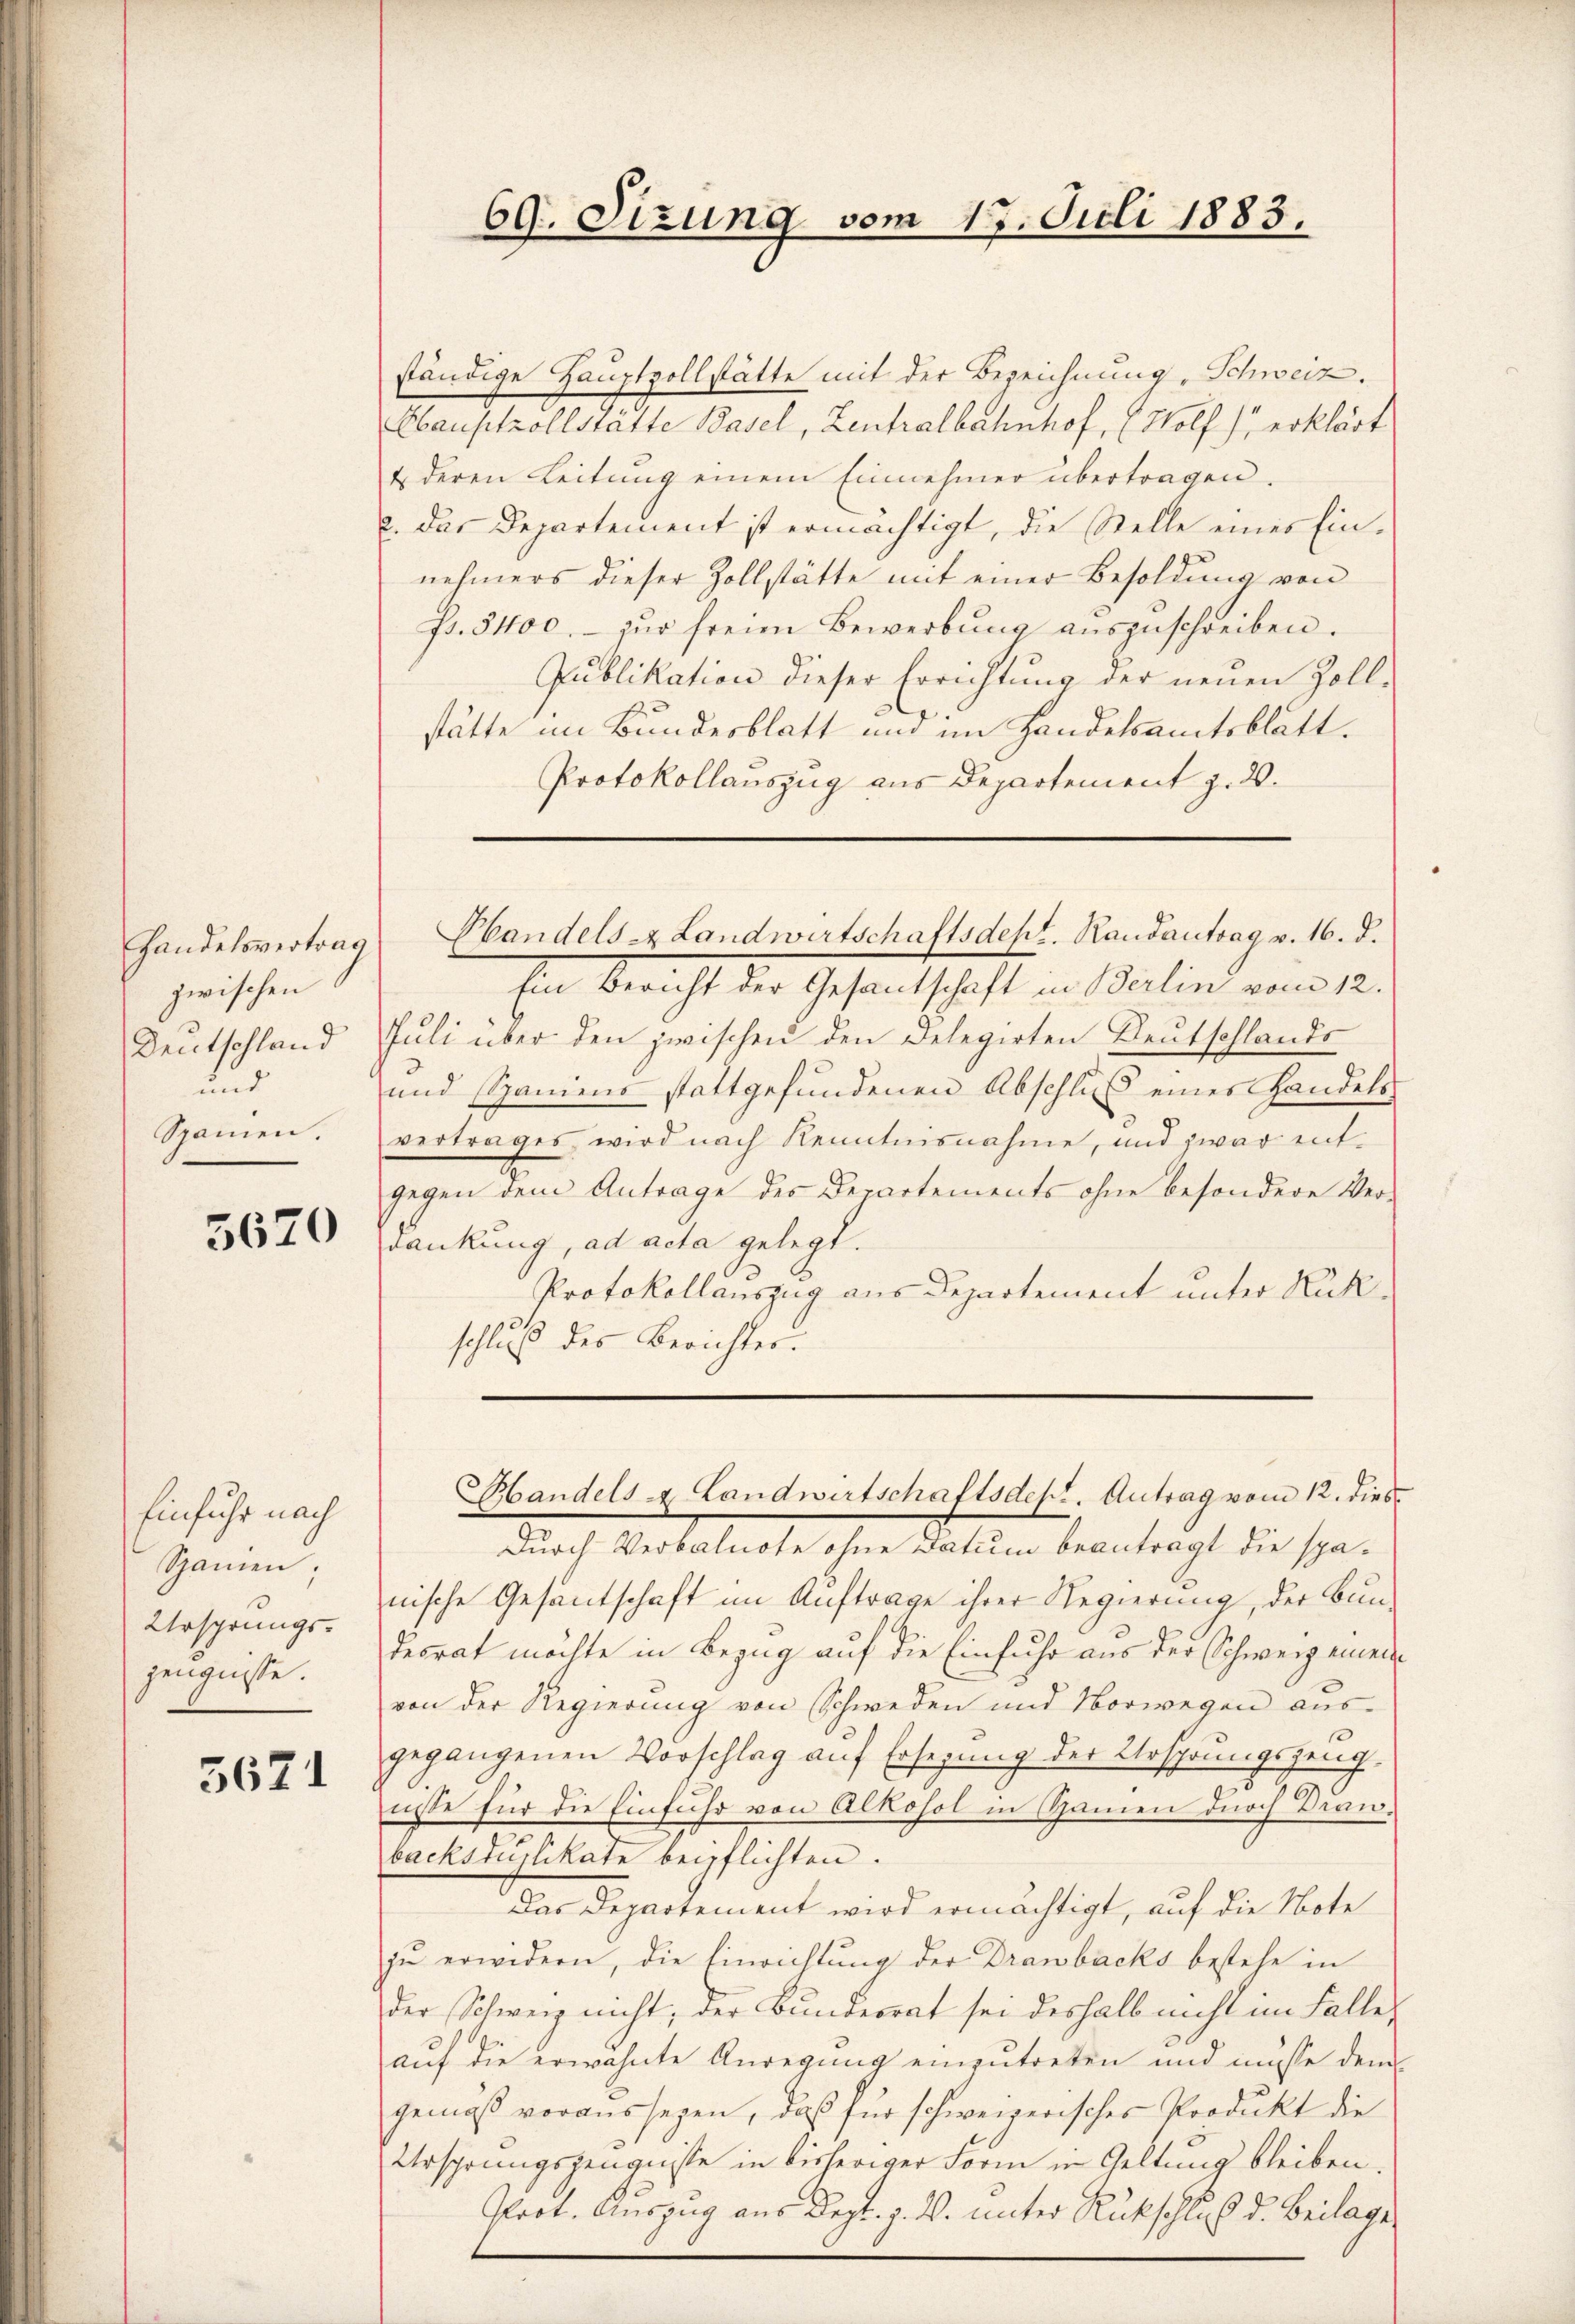
Handelsvertrag
zwischen
Deutschland
und
Spanien.

5620

Einfuhr nach
Spanien;
Ursprungszeugnisse.

5671

ständige Hauptvollstätte mit der Bezeichnung, Schweiz.
Hauptrollstätte Basel, Zentralbahnhof, Wolf) erklärt
4 deren Leitung einem Einnehmer übertragen.
c. das Departement ist ermächtigt, die Stelle eines Einnehmers dieser Zollstätte mit einer Besoldung von
Fs. 3400.- zŭr freien Bewerbŭng aŭszŭschreiben.
Publikation dieser Errichtung der neuen Zoll-
stätte im Bundesblatt und im Handelsamtsblatt.
Protokollauszug aus Departement z. 20.

69. Sizung vom 17. Juli 1883.

Ein Bericht der Gesantschaft in Berlin vom 12.
Juli über den zwischen den Delegirten Deutschlands
und Spaniens stattgefundenen Abschluß eines Handelsvertrages, wird nach Kenntnisnahme, und zwar entgegen dem Antrage des Departements ohne besondere Ver-
dankung, ad acta gelegt.
Protokollauszug aus Departement unter Rükschluß des Berichter.

Handels- Landwirtschaftsdept. Randantrag v. 16. d.

Durch Verbalnote ohne Datum beantragt die spänische Gesandschaft im Auftrage ihrer Regierung, der Bundesrat möchte in Bezug auf die Einfuhr aus der Schweiz eineinvon der Regierung von Schweden und Vorwegen aŭs-
gegangenen Vorschlag auf Ersezung der Ursprungszeugnisse für die Einfuhr von Alkohol in Samen durch Draubackstilikate beipflichten.
Das Departement wird ermächtigt, auf die Note
zu erwidern, die Einrichtung der Dranbacks bestehe in
der Schweiz nicht; der Bundesrat sei deshalb nicht im Falle,
auf die erwähnte Anregung einzutreten und müsse dem
gemäß voraussegen, daß für schweizerisches Produkt die
Ursprungszeugnisse in bisheriger Form in Geltung bleiben.
Prot. Auszug aus Dept. J. V. unter Rückschluß d. Beilage

Bandels & Landwirtschaftsdest. Antrag vom 12. dies